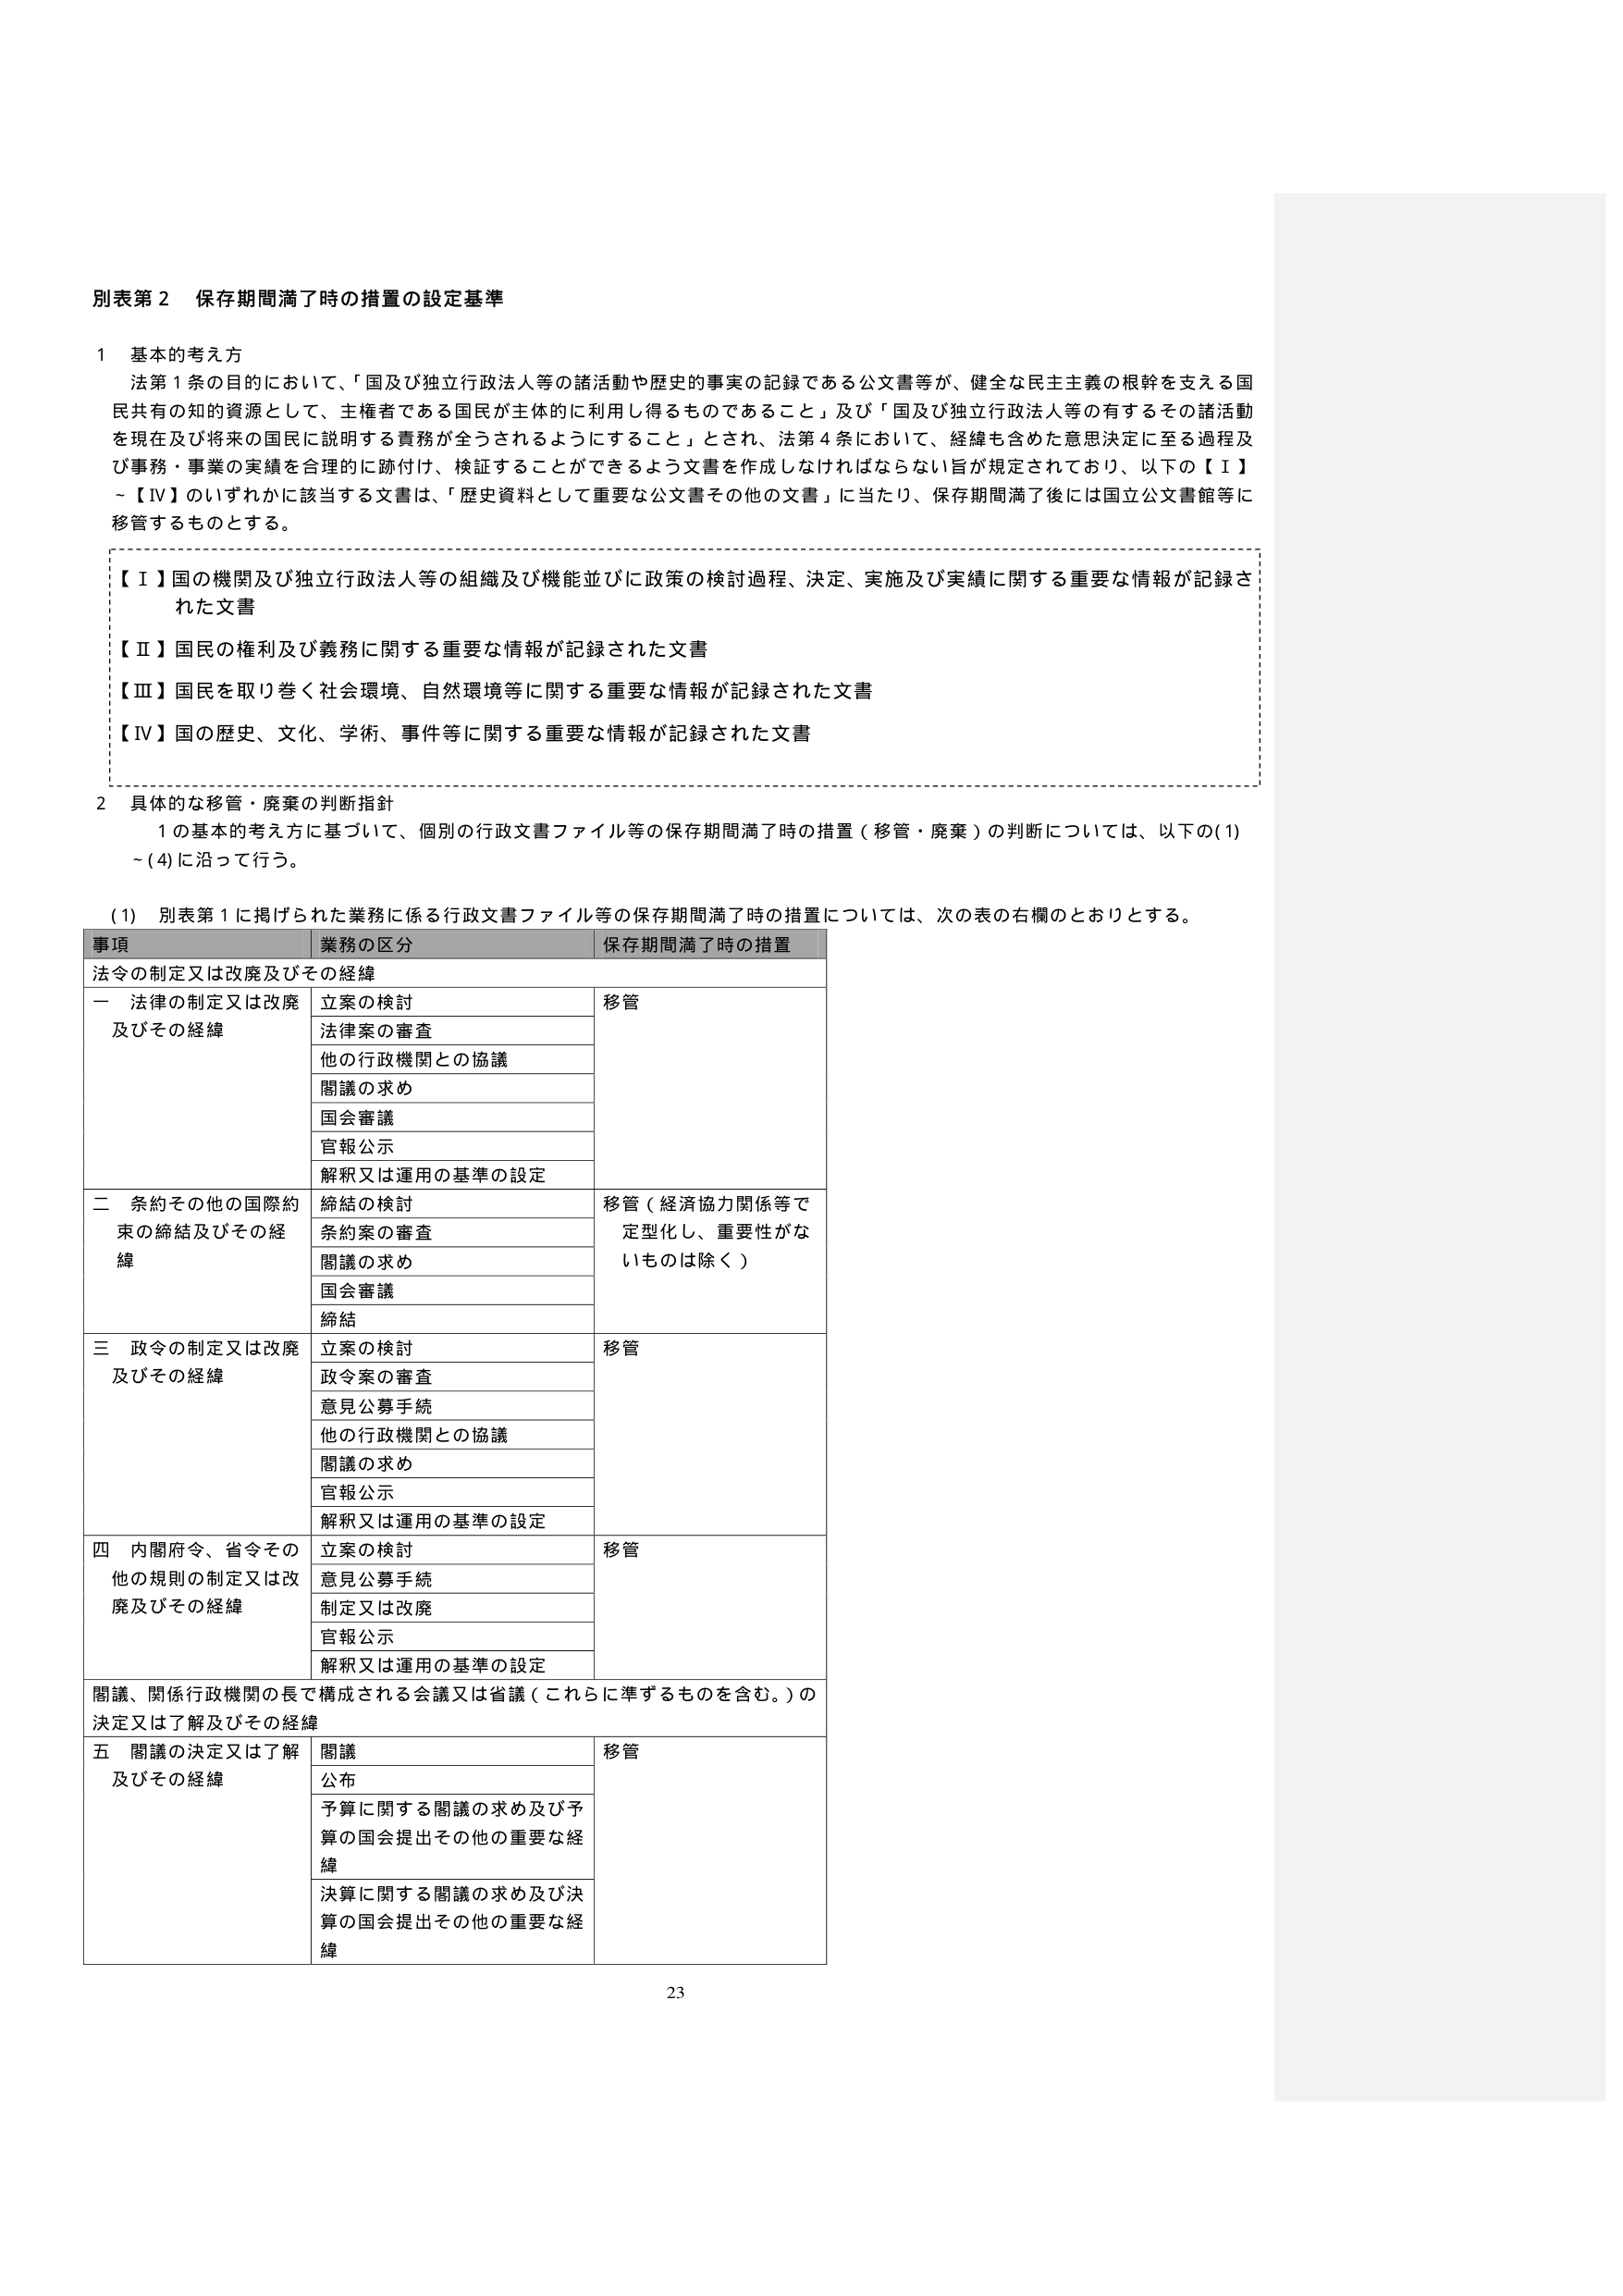
別表第２ 保存期間満了時の措置の設定基準

１ 基本的考え方
法第１条の目的において、「国及び独立行政法人等の諸活動や歴史的事実の記録である公文書等が、健全な民主主義の根幹を支える国民共有の知的資源として、主権者である国民が主体的に利用し得るものであること」及び「国及び独立行政法人等の有するその諸活動を現在及び将来の国民に説明する責務が全うされるようにすること」とされ、法第４条において、経緯も含めた意思決定に至る過程及び事務・事業の実績を合理的に跡付け、検証することができるよう文書を作成しなければならない旨が規定されており、以下の【Ⅰ】～【Ⅳ】のいずれかに該当する文書は、「歴史資料として重要な公文書その他の文書」に当たり、保存期間満了後には国立公文書館等に移管するものとする。

【Ⅰ】国の機関及び独立行政法人等の組織及び機能並びに政策の検討過程、決定、実施及び実績に関する重要な情報が記録された文書
【Ⅱ】国民の権利及び義務に関する重要な情報が記録された文書
【Ⅲ】国民を取り巻く社会環境、自然環境等に関する重要な情報が記録された文書
【Ⅳ】国の歴史、文化、学術、事件等に関する重要な情報が記録された文書

２ 具体的な移管・廃棄の判断指針
１の基本的考え方に基づいて、個別の行政文書ファイル等の保存期間満了時の措置（移管・廃棄）の判断については、以下の(1)～(4)に沿って行う。

(1) 別表第１に掲げられた業務に係る行政文書ファイル等の保存期間満了時の措置については、次の表の右欄のとおりとする。

事項 業務の区分 保存期間満了時の措置
法令の制定又は改廃及びその経緯
一 法律の制定又は改廃及びその経緯 立案の検討 移管
法律案の審査
他の行政機関との協議
閣議の求め
国会審議
官報公示
解釈又は運用の基準の設定
二 条約その他の国際約束の締結及びその経緯 締結の検討 移管（経済協力関係等で定型化し、重要性がないものは除く）
条約案の審査
閣議の求め
国会審議
締結
三 政令の制定又は改廃及びその経緯 立案の検討 移管
政令案の審査
意見公募手続
他の行政機関との協議
閣議の求め
官報公示
解釈又は運用の基準の設定
四 内閣府令、省令その他の規則の制定又は改廃及びその経緯 立案の検討 移管
意見公募手続
制定又は改廃
官報公示
解釈又は運用の基準の設定
閣議、関係行政機関の長で構成される会議又は省議（これらに準ずるものを含む。）の決定又は了解及びその経緯
五 閣議の決定又は了解及びその経緯 閣議 移管
公布
予算に関する閣議の求め及び予算の国会提出その他の重要な経緯
決算に関する閣議の求め及び決算の国会提出その他の重要な経緯

23